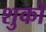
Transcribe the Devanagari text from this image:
शुकों